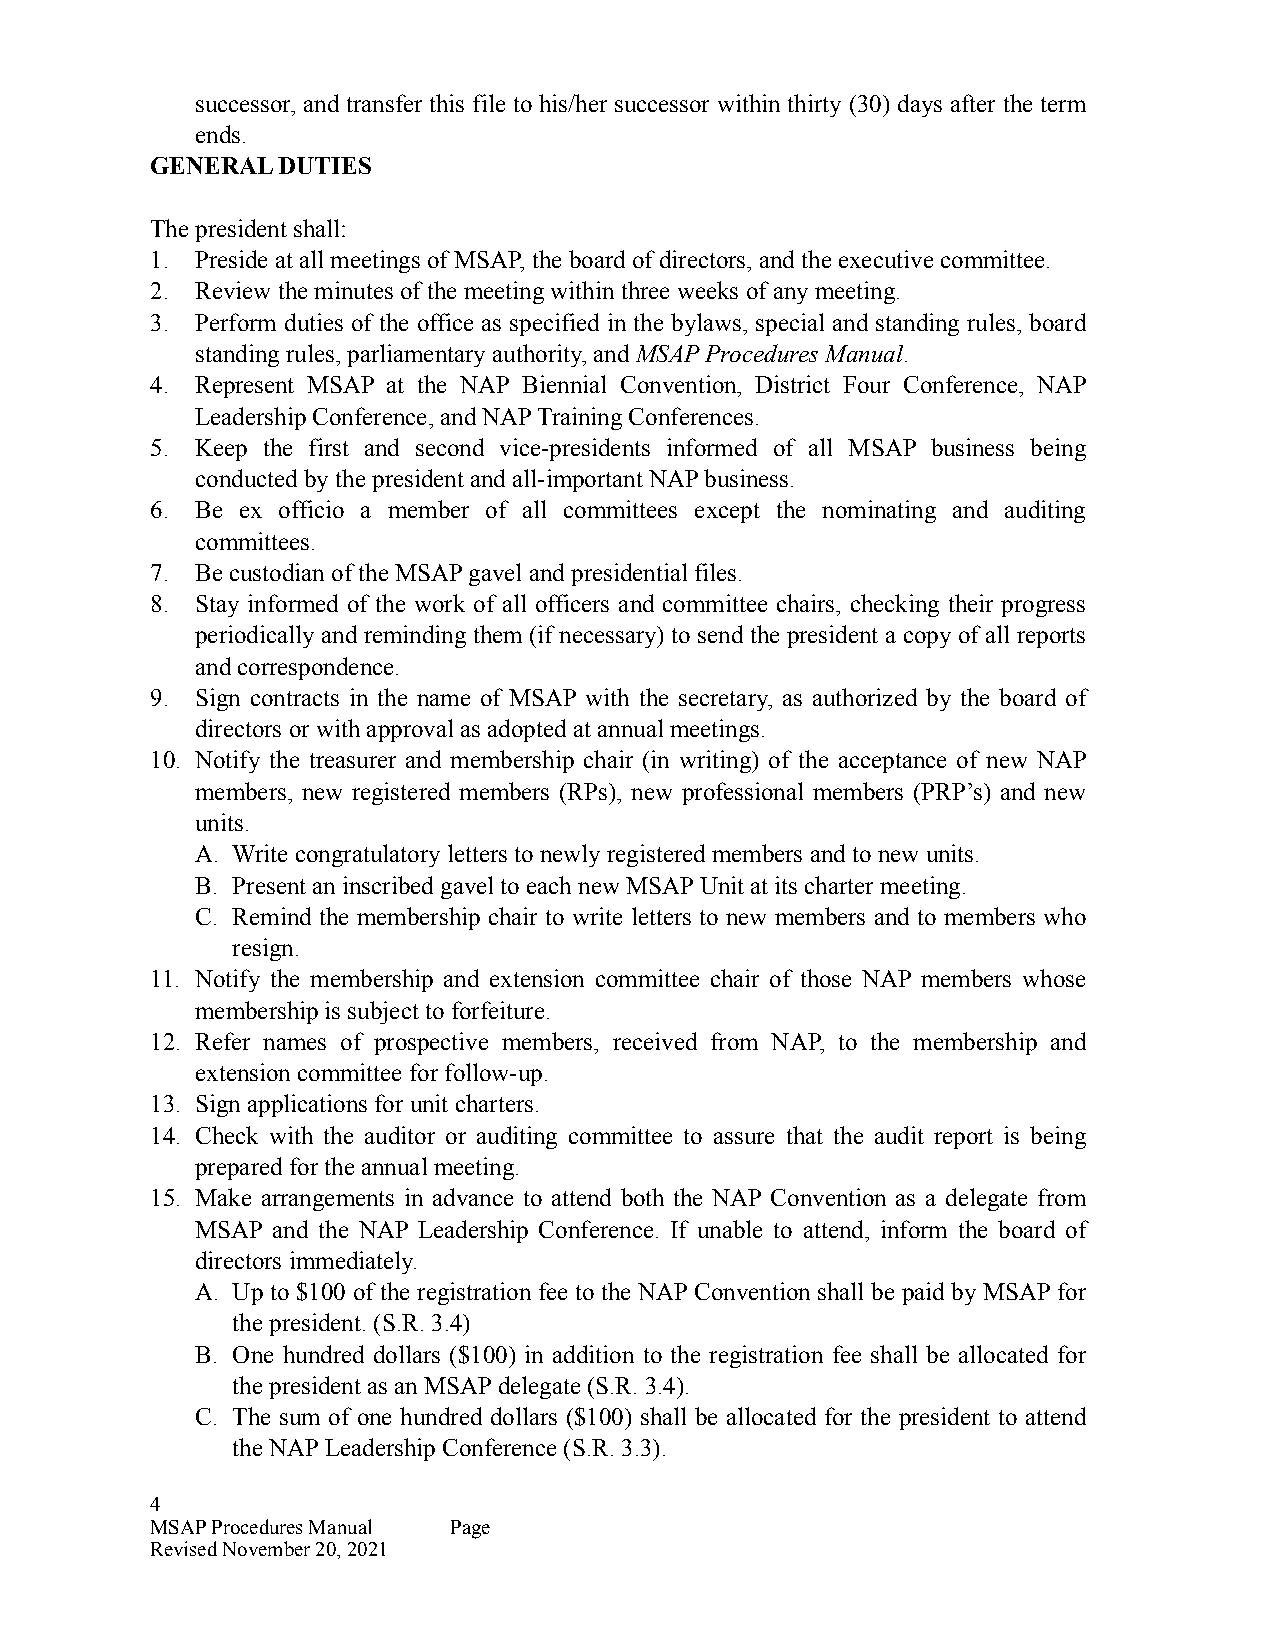
successor, and transfer this file to his/her successor within thirty (30) days after the term
 ends.
 GENERAL DUTIES
 The president shall:
 1. Preside at all meetings of MSAP, the board of directors, and the executive committee.
 2. Review the minutes of the meeting within three weeks of any meeting.
 3. Perform duties of the office as specified in the bylaws, special and standing rules, board
 standing rules, parliamentary authority, and MSAP Procedures Manual.
 4. Represent MSAP at the NAP Biennial Convention, District Four Conference, NAP
 Leadership Conference, and NAP Training Conferences.
 5. Keep the first and second vice-presidents informed of all MSAP business being
 conducted by the president and all-important NAP business.
 6. Be ex officio a member of all committees except the nominating and auditing
 committees.
 7. Be custodian of the MSAP gavel and presidential files.
 8. Stay informed of the work of all officers and committee chairs, checking their progress
 periodically and reminding them (if necessary) to send the president a copy of all reports
 and correspondence.
 9. Sign contracts in the name of MSAP with the secretary, as authorized by the board of
 directors or with approval as adopted at annual meetings.
 10. Notify the treasurer and membership chair (in writing) of the acceptance of new NAP
 members, new registered members (RPs), new professional members (PRP’s) and new
 units.
 A. Write congratulatory letters to newly registered members and to new units.
 B. Present an inscribed gavel to each new MSAP Unit at its charter meeting.
 C. Remind the membership chair to write letters to new members and to members who
 resign.
 11. Notify the membership and extension committee chair of those NAP members whose
 membership is subject to forfeiture.
 12. Refer names of prospective members, received from NAP, to the membership and
 extension committee for follow-up.
 13. Sign applications for unit charters.
 14. Check with the auditor or auditing committee to assure that the audit report is being
 prepared for the annual meeting.
 15. Make arrangements in advance to attend both the NAP Convention as a delegate from
 MSAP and the NAP Leadership Conference. If unable to attend, inform the board of
 directors immediately.
 A. Up to $100 of the registration fee to the NAP Convention shall be paid by MSAP for
 the president. (S.R. 3.4)
 B. One hundred dollars ($100) in addition to the registration fee shall be allocated for
 the president as an MSAP delegate (S.R. 3.4).
 C. The sum of one hundred dollars ($100) shall be allocated for the president to attend
 the NAP Leadership Conference (S.R. 3.3).
 4
 MSAP Procedures Manual Page
 Revised November 20, 2021